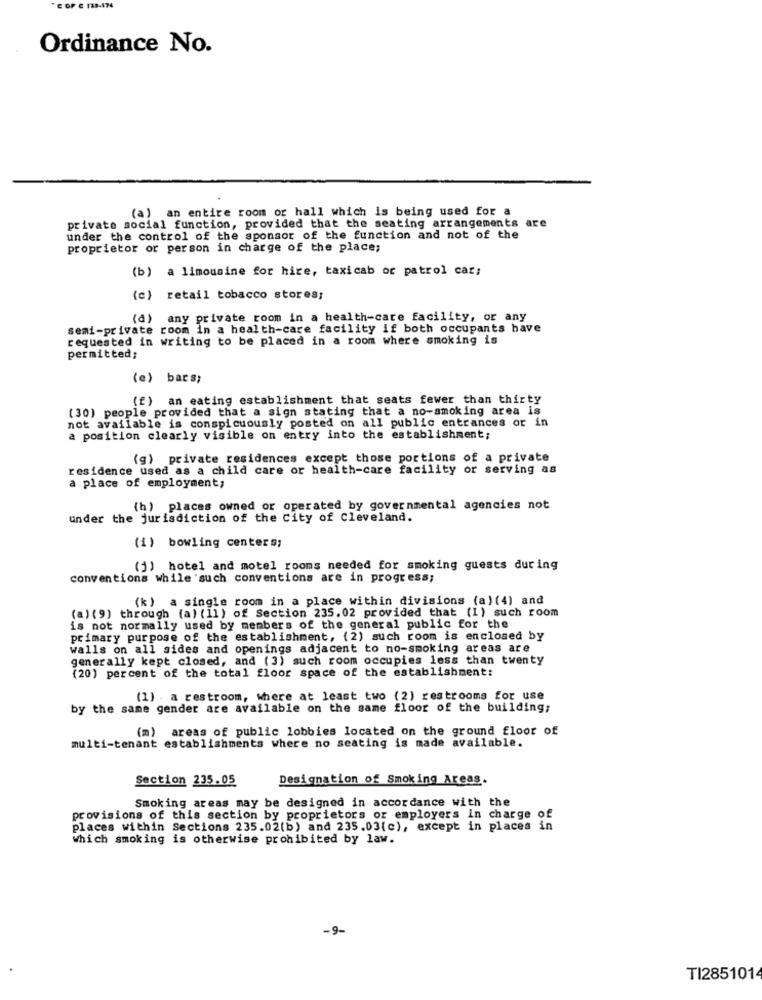
C OF C 123-474
Ordinance No.
(a) an entire room or hall which is being used for a
private social function, provided that the seating arrangements are
under the control of the sponsor of the function and not of the
proprietor or person in charge of the place;
(b) a limousine for hire, taxicab or patrol car;
(c) retail tobacco stores;
(d) any private room in a health-care facility, or any
semi-private room in a health-care facility if both occupants have
requested in writing to be placed in a room where smoking is
permitted;
(e) bars;
(f) an eating establishment that seats fewer than thirty
(30) people provided that a sign stating that a no-smoking area is
not available is conspicuously posted on all public entrances or in
a position clearly visible on entry into the establishment;
(g) private residences except those portions of a private
residence used as a child care or health-care facility or serving as
a place of employment;
(h) places owned or operated by governmental agencies not
under the jurisdiction of the City of Cleveland.
(i) bowling centers;
(j) hotel and motel rooms needed for smoking guests during
conventions while such conventions are in progress;
(k) a single room in a place within divisions (a) (4) and
(a) (9) through (a) (11) of Section 235.02 provided that (1) such room
is not normally used by members of the general public for the
primary purpose of the establishment, (2) such room is enclosed by
walls on all sides and openings adjacent to no-smoking areas are
generally kept closed, and (3) such room occupies less than twenty
(20) percent of the total floor space of the establishment:
(1) . a restroom, where at least two (2) restrooms for use
by the same gender are available on the same floor of the building;
(m) areas of public lobbies located on the ground floor of
multi-tenant establishments where no seating is made available.
Section 235.05
Designation of Smoking Areas.
Smoking areas may be designed in accordance with the
provisions of this section by proprietors or employers in charge of
places within Sections 235.02(b) and 235.03(c), except in places in
Which smoking is otherwise prohibited by law.
-9-
TI2851014